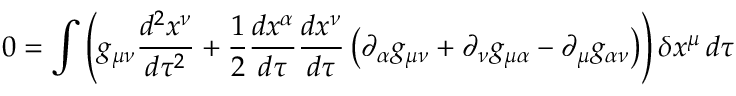
0 = \int \left( g _ { \mu \nu } { \frac { d ^ { 2 } x ^ { \nu } } { d \tau ^ { 2 } } } + { \frac { 1 } { 2 } } { \frac { d x ^ { \alpha } } { d \tau } } { \frac { d x ^ { \nu } } { d \tau } } \left( \partial _ { \alpha } g _ { \mu \nu } + \partial _ { \nu } g _ { \mu \alpha } - \partial _ { \mu } g _ { \alpha \nu } \right) \right) \delta x ^ { \mu } \, d \tau